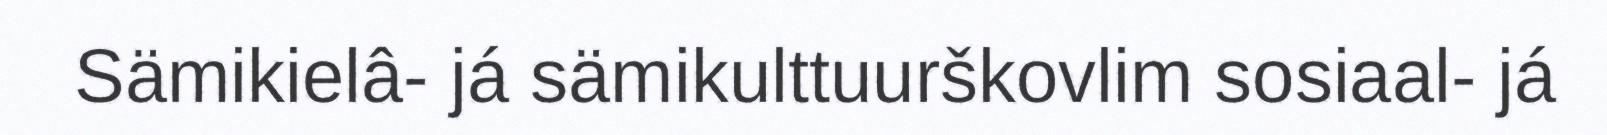
Sämikielâ- já sämikulttuurškovlim sosiaal- já